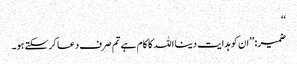
‘‘
ضمیر: ’’ان کو ہدایت دینا اللہ کا کام ہے تم صرف دعا کرسکتے ہو۔